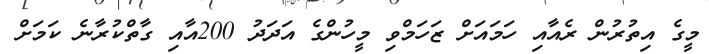
މީގެ އިތުރުން ރެއާއި ހަމައަށް ޒަހަމްވި މީހުންގެ އަދަދު 200އާއި ގާތްކުރާނެ ކަމަށް